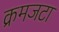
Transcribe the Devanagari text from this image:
क्रमजटा